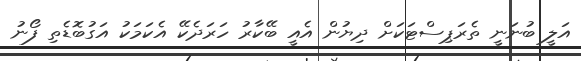
އަލީ ބުނަނީ ތެރަޕިސްޓަކަށް ދިޔުން އެއީ ބޭކާރު ހަރަދެކޭ އެކަމަކު އަގުބޮޑެތި ފޯނު